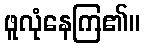
ဖူလုံနေကြ၏။